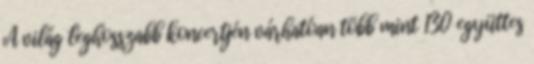
A világ leghosszabb koncertjén várhatóan több mint 130 együttes